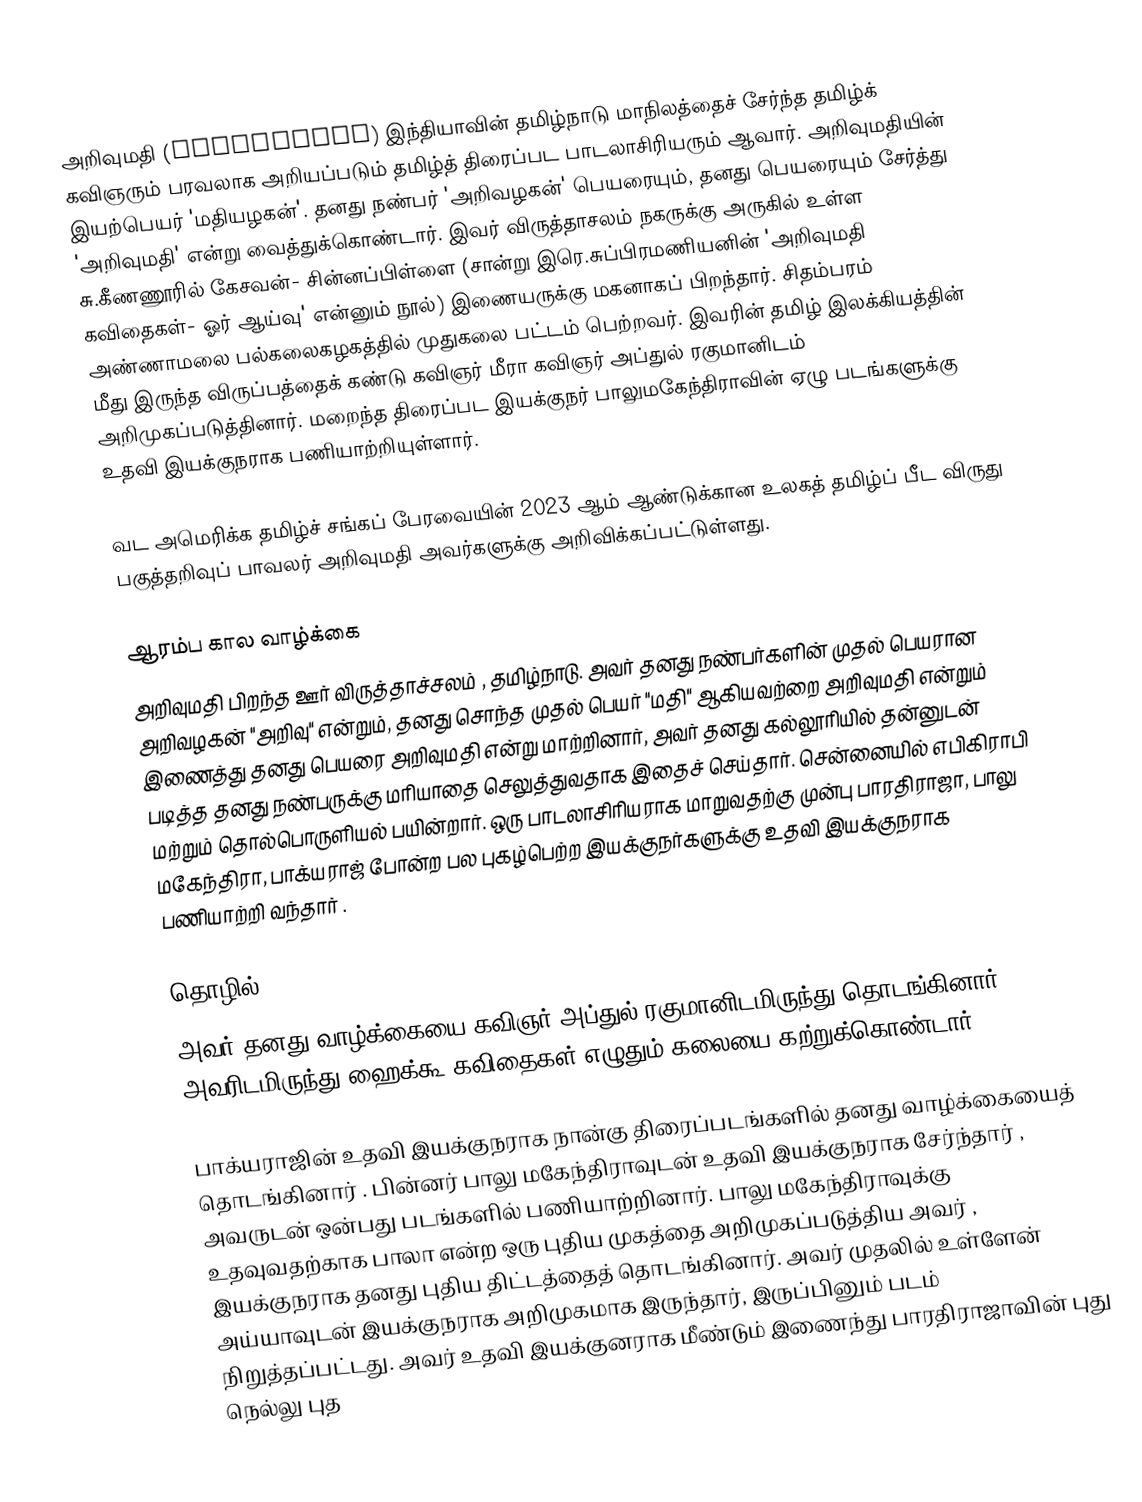
அறிவுமதி (Arivumathi) இந்தியாவின் தமிழ்நாடு மாநிலத்தைச் சேர்ந்த தமிழ்க் கவிஞரும் பரவலாக அறியப்படும் தமிழ்த் திரைப்பட பாடலாசிரியரும் ஆவார். அறிவுமதியின் இயற்பெயர் 'மதியழகன்'. தனது நண்பர் 'அறிவழகன்' பெயரையும், தனது பெயரையும் சேர்த்து 'அறிவுமதி' என்று வைத்துக்கொண்டார். இவர் விருத்தாசலம் நகருக்கு அருகில் உள்ள சு.கீணணூரில் கேசவன்- சின்னப்பிள்ளை (சான்று இரெ.சுப்பிரமணியனின் 'அறிவுமதி கவிதைகள்- ஓர் ஆய்வு' என்னும் நூல்) இணையருக்கு மகனாகப் பிறந்தார். சிதம்பரம் அண்ணாமலை பல்கலைகழகத்தில் முதுகலை பட்டம் பெற்றவர். இவரின் தமிழ் இலக்கியத்தின் மீது இருந்த விருப்பத்தைக் கண்டு கவிஞர் மீரா கவிஞர் அப்துல் ரகுமானிடம் அறிமுகப்படுத்தினார். மறைந்த திரைப்பட இயக்குநர் பாலுமகேந்திராவின் ஏழு படங்களுக்கு உதவி இயக்குநராக பணியாற்றியுள்ளார்.

வட அமெரிக்க தமிழ்ச் சங்கப் பேரவையின் 2023 ஆம் ஆண்டுக்கான உலகத் தமிழ்ப் பீட விருது பகுத்தறிவுப் பாவலர் அறிவுமதி அவர்களுக்கு அறிவிக்கப்பட்டுள்ளது.

ஆரம்ப கால வாழ்க்கை
அறிவுமதி பிறந்த ஊர் விருத்தாச்சலம் , தமிழ்நாடு. அவர் தனது நண்பர்களின் முதல் பெயரான அறிவழகன் "அறிவு" என்றும், தனது சொந்த முதல் பெயர் "மதி" ஆகியவற்றை அறிவுமதி என்றும் இணைத்து தனது பெயரை அறிவுமதி என்று மாற்றினார், அவர் தனது கல்லூரியில் தன்னுடன் படித்த தனது நண்பருக்கு மரியாதை செலுத்துவதாக இதைச் செய்தார். சென்னையில் எபிகிராபி மற்றும் தொல்பொருளியல் பயின்றார். ஒரு பாடலாசிரியராக மாறுவதற்கு முன்பு பாரதிராஜா, பாலு மகேந்திரா, பாக்யராஜ் போன்ற பல புகழ்பெற்ற இயக்குநர்களுக்கு உதவி இயக்குநராக பணியாற்றி வந்தார் .

தொழில்
அவர் தனது வாழ்க்கையை கவிஞர் அப்துல் ரகுமானிடமிருந்து தொடங்கினார், அவரிடமிருந்து ஹைக்கூ கவிதைகள் எழுதும் கலையை கற்றுக்கொண்டார் .

பாக்யராஜின் உதவி இயக்குநராக நான்கு திரைப்படங்களில் தனது வாழ்க்கையைத் தொடங்கினார் . பின்னர் பாலு மகேந்திராவுடன் உதவி இயக்குநராக சேர்ந்தார் , அவருடன் ஒன்பது படங்களில் பணியாற்றினார். பாலு மகேந்திராவுக்கு உதவுவதற்காக பாலா என்ற ஒரு புதிய முகத்தை அறிமுகப்படுத்திய அவர் , இயக்குநராக தனது புதிய திட்டத்தைத் தொடங்கினார். அவர் முதலில் உள்ளேன் அய்யாவுடன் இயக்குநராக அறிமுகமாக இருந்தார், இருப்பினும் படம் நிறுத்தப்பட்டது. அவர் உதவி இயக்குனராக மீண்டும் இணைந்து பாரதிராஜாவின் புது நெல்லு புத